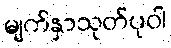
မျက်နှာသုတ်ပုဝါ